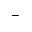
_ -